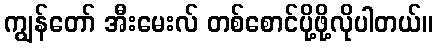
ကျွန်တော် အီးမေးလ် တစ်စောင်ပို့ဖို့လိုပါတယ်။